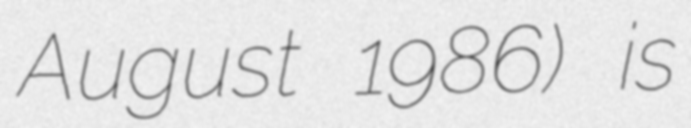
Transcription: August 1986) is